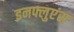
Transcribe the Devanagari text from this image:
इनफ्लुएंस